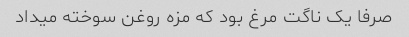
صرفا یک ناگت مرغ بود که مزه روغن سوخته میداد